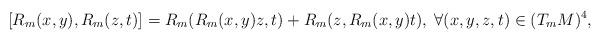
LaTeX: \begin{align*} \left[ R_m(x,y),R_m(z,t)\right] =R_m(R_m(x,y)z,t)+R_m(z,R_m(x,y)t),\; \forall (x,y,z,t)\in (T_mM)^4, \end{align*}